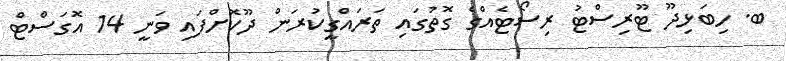
ބ. ހިބަޅިދޫ ޓޫރިސްޓު ރިސޯޓެއްގެ ގޮތުގައި ތަރައްގީކުރަން ދޫކޮށްފައި ވަނީ 14 އޮގަސްޓް